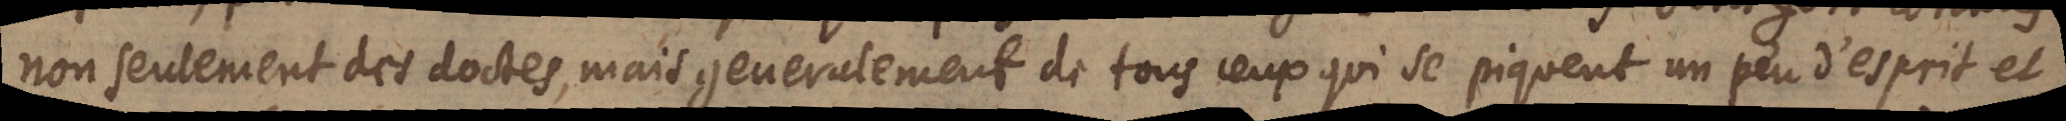
non seulement des doctes, mais generalement de tous ceux qui se piquent un peu d’esprit et